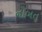
નૌબત